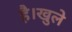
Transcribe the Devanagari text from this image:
है।खुले